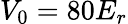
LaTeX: V_{0}=80E_{r}